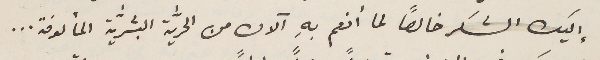
إليك الشكر خالصاً لما أنعم بهِ الآن من الحريَّة البشريّة المألوفة...